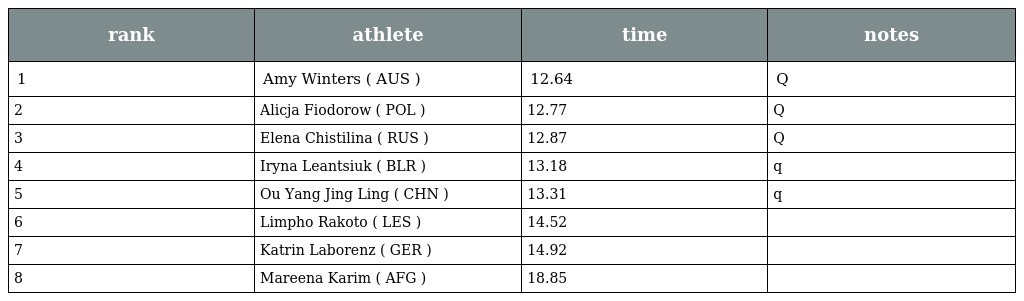
| rank | athlete | time | notes |
 | --- | --- | --- | --- |
 | 1 | Amy Winters ( AUS ) | 12.64 | Q |
 | 2 | Alicja Fiodorow ( POL ) | 12.77 | Q |
 | 3 | Elena Chistilina ( RUS ) | 12.87 | Q |
 | 4 | Iryna Leantsiuk ( BLR ) | 13.18 | q |
 | 5 | Ou Yang Jing Ling ( CHN ) | 13.31 | q |
 | 6 | Limpho Rakoto ( LES ) | 14.52 |  |
 | 7 | Katrin Laborenz ( GER ) | 14.92 |  |
 | 8 | Mareena Karim ( AFG ) | 18.85 |  |